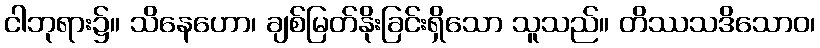
ငါဘုရား၌။ သိနေဟော၊ ချစ်မြတ်နိုးခြင်းရှိသော သူသည်။ တိဿသဒိသောဝ၊